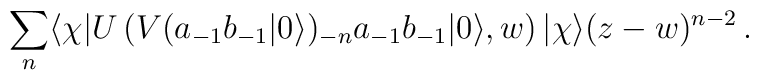
\sum_n\langle\chi|U\left(V(a_{-1}b_{-1}|0\rangle)_{-n}a_{-1}b_{-1}|0\rangle,w\right)|\chi\rangle(z-w)^{n-2}\,.